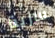
سرية